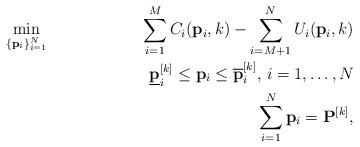
LaTeX: \begin{align*}& \underset{\{\mathbf{p}_{i}\}_{i=1}^N}{\min} & \sum_{i=1}^{M} C_i(\mathbf{p}_i,k) - \sum_{i=M+1}^{N}U_i(\mathbf{p}_i,k) \\& &\underline{\mathbf{p}}_i^{[k]} \leq \mathbf{p}_i \leq \overline{\mathbf{p}}_i^{[k]}, \, i =1,\hdots,N \\& & \sum_{i=1}^N \mathbf{p}_i = \mathbf{P}^{[k]}, \end{align*}